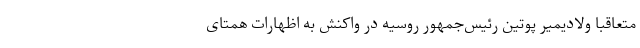
متعاقباً ولادیمیر پوتین رئیس‌جمهور روسیه در واکنش به اظهارات همتای